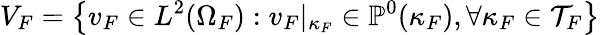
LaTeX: V_{F}=\left\{ v_{F}\in L^{2}(\Omega_{F}):v_{F}|_{\kappa_{F}}\in\mathbb{P}^{0}(\kappa_{F}),\forall\kappa_{F}\in\mathcal{T}_{F}\right\}